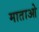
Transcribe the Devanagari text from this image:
माताओ